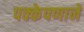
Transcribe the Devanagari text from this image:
पक्केपणाने